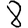
Digit: 8